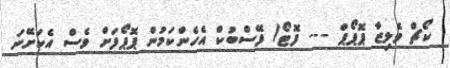
ކޯޗް ވެލިޒާ ޕޮޕޯޕް --- ފޮޓޯ/ ފޭސްބުކް އެހެންކަމުން ޕޮޕޯފަށް ވެސް އެކަށޭނަ